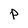
Character: p